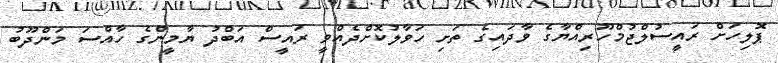
ޕޮލިހަށް ރައީސުލްޖުމްހޫރިއްޔާގެ ވާދައިގެ ތަށި ހަވާލުކޮށްދެއްވީ ރައީސް އަބްދު ޔާމީންގެ ހާއްސަ މަންދޫބު